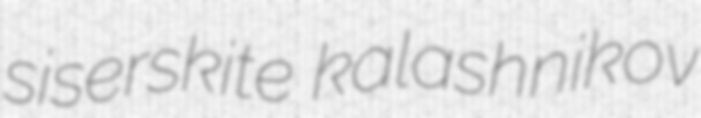
siserskite kalashnikov